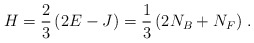
\begin{align*}H = \frac{2}{3} \left( 2 E - J \right) = \frac{1}{3} \left( 2 N_B + N_F \right) \,.\end{align*}